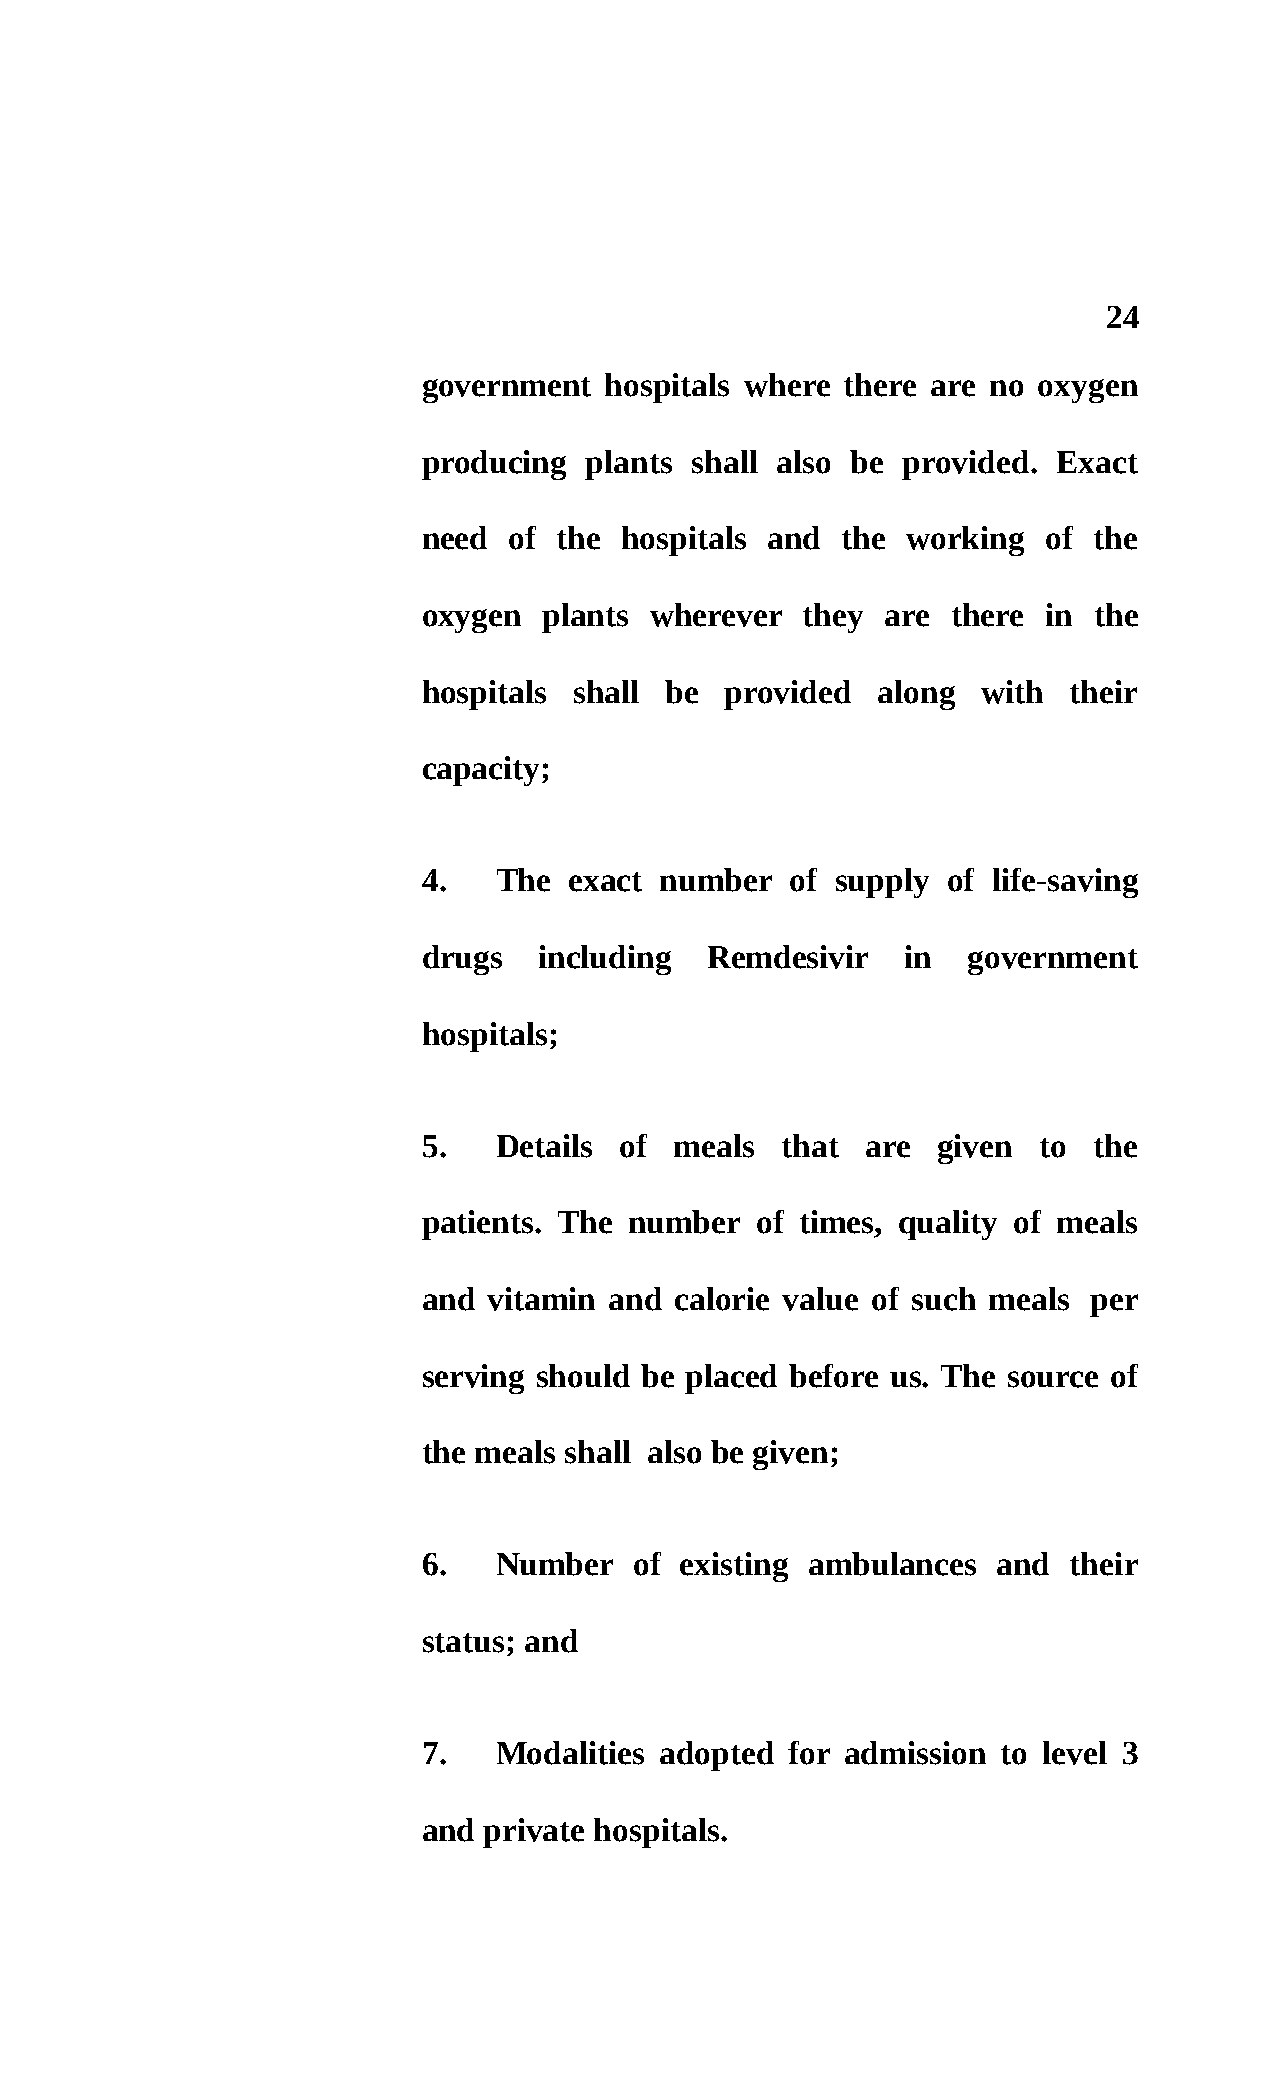
24
 government  hospitals where there are no oxygen
 producing  plants shall also be provided. Exact
 need  of the hospitals and  the working  of the
 oxygen  plants wherever  they  are there in the
 hospitals shall be  provided  along  with  their
 capacity;
 4.   The  exact number  of supply  of life-saving
 drugs   including  Remdesivir   in  government
 hospitals;
 5.   Details of  meals  that are  given  to the
 patients. The number  of times, quality of meals
 and vitamin and  calorie value of such meals per
 serving should be placed before us. The source of
 the meals shall also be given;
 6.   Number   of existing ambulances  and  their
 status; and
 7.   Modalities adopted for admission to level 3
 and private hospitals.